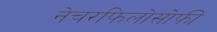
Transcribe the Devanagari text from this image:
नेचरफिलोसोफी